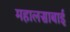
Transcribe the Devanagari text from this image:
महालसाबाई